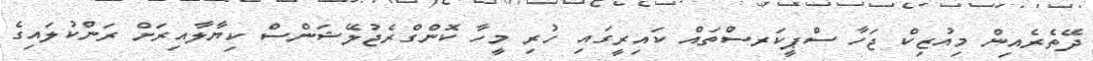
ދޭތެރެއިން މިއުޒިކް ޖަހާ ސްޕީކަރސްތައް ކައިރީގައި ހުރި މީހާ ކޮންގްރެޖުލޭޝަންސް ކިޔާލާއިރަށް ރަންކުލައިގެ